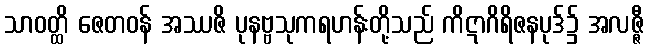
သာဝတ္ထိ ဇေတဝန် အဿဇိ ပုနဗ္ဗသုကရဟန်းတို့သည် ကိဋာဂိရိဇနပုဒ်၌ အလဇ္ဇီ